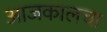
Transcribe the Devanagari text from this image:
आजकालचा